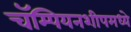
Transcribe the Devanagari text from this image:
चॅम्पियनशीपमध्ये